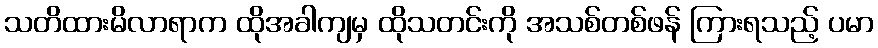
သတိထားမိလာရာက ထိုအခါကျမှ ထိုသတင်းကို အသစ်တစ်ဖန် ကြားရသည့် ပမာ